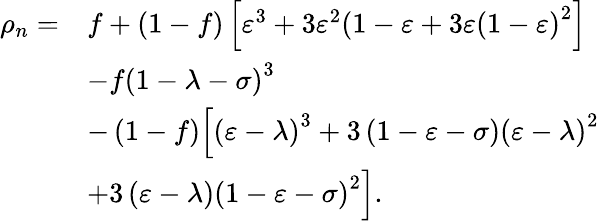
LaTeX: \begin{array}{rl}{\rho_{n}=}&{f+\left(1-f\right)\left[\varepsilon^{3}+3\varepsilon^{2}(1-\varepsilon+3\varepsilon\left(1-\varepsilon\right)^{2}\right]}\\ &{-f\left(1-\lambda-\sigma\right)^{3}}\\ &{-\left(1-f\right)\Big[\left(\varepsilon-\lambda\right)^{3}+3\left(1-\varepsilon-\sigma\right)\left(\varepsilon-\lambda\right)^{2}}\\ &{+3\left(\varepsilon-\lambda\right)\left(1-\varepsilon-\sigma\right)^{2}\Big].}\end{array}